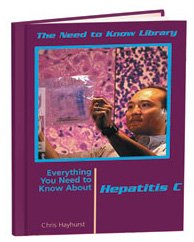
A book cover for Everything You Need to Know About Hepatitis (Need to Know Library); Virginia Aronson; Health, Fitness & Dieting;